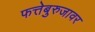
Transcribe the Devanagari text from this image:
फत्तेबुरुजावर